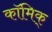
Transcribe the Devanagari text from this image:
कॉमिक्